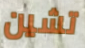
تشين